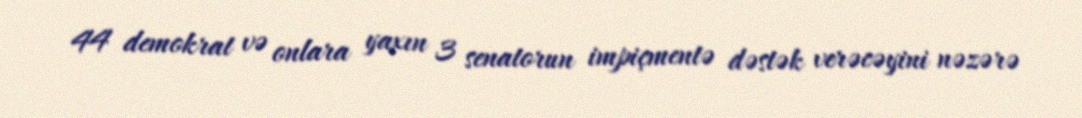
44 demokrat və onlara yaxın 3 senatorun impiçmentə dəstək verəcəyini nəzərə